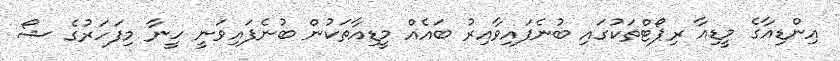
އިންޑިއާގެ މީޑިއާ ރިޕޯޓްތަކުގައި ބުނެފައިވާއިރު ބައެއް މީީީޑިއާތަކުން ބުނެފައިވަނީ ހީނާ މިފަހަރުގެ ޝޯ